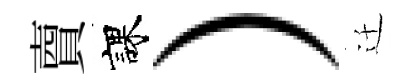
𧶠課）迁